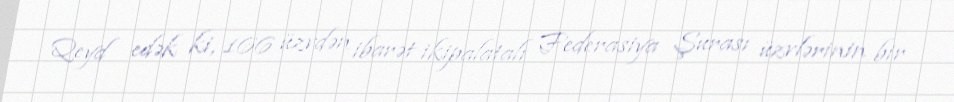
Qeyd edək ki, 166 üzvdən ibarət ikipalatalı Federasiya Şurası üzvlərinin bir